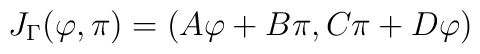
J_{\Gamma}(\varphi , \pi)=(A \varphi + B \pi ,C\pi +D\varphi)